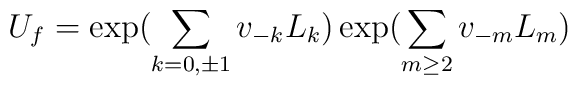
U_f = \exp\bigl(\sum_{k=0,\pm1} v_{-k}L_k\bigr) \exp\bigl(\sum_{m\geq2} v_{-m}L_m\bigr)